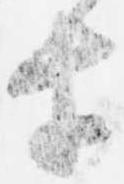
才